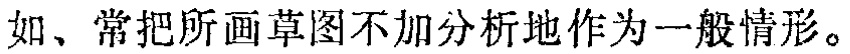
如、常把所画草图不加分析地作为一般情形。